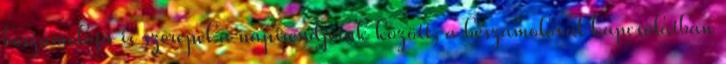
beszámolója is szerepel a napirendjeink között, a beszámolóval kapcsolatban